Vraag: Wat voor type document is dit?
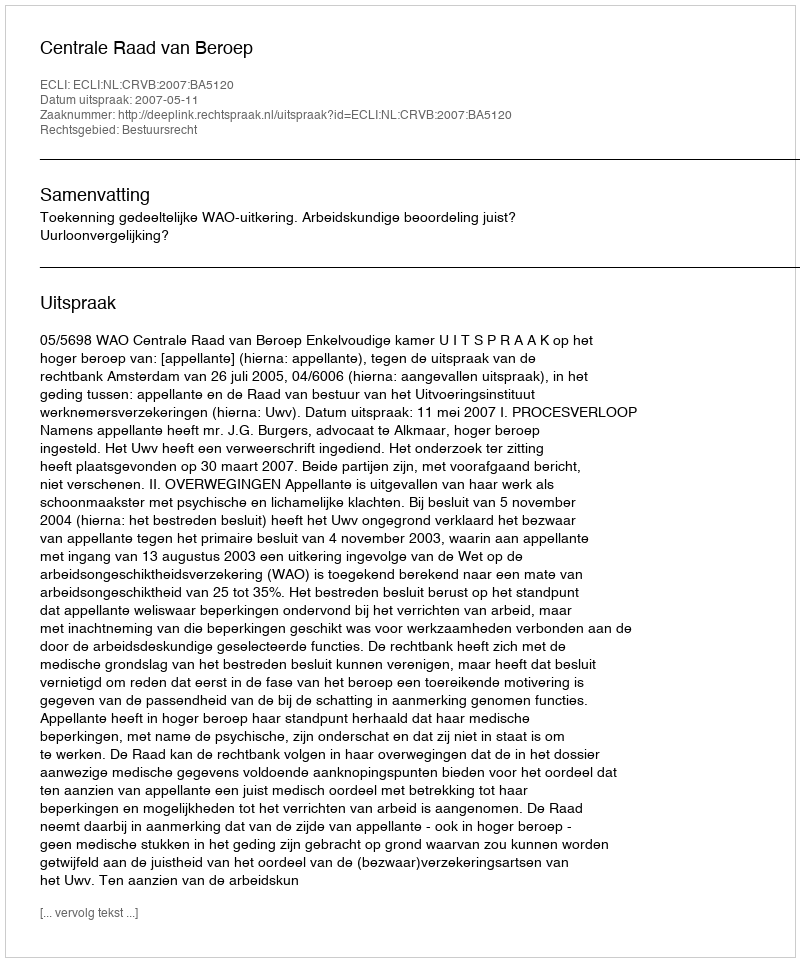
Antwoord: Uitspraak